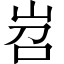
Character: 岧